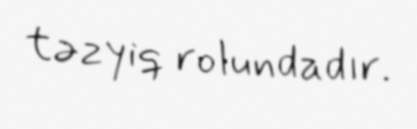
təzyiq rolundadır.